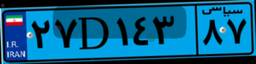
۷۶D۳۷۵۲۴